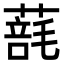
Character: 𦺑